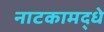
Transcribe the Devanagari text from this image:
नाटकामद्धे